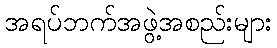
အရပ်ဘက်အဖွဲ့အစည်းများ